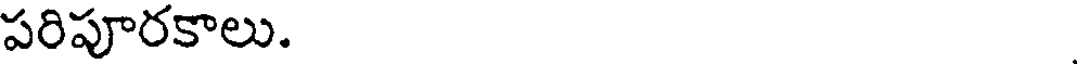
పరిపూరకాలు.